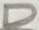
Text: D